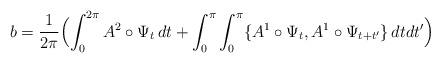
LaTeX: \begin{align*}b= \frac{1}{2\pi} \Bigl( \int_0^{2\pi}A^2\circ \Psi_t\,dt+\int_0^\pi\int_0^\pi \{A^1\circ \Psi_t,A^1\circ \Psi_{t+t'}\}\,dtdt'\Bigr)\end{align*}